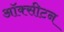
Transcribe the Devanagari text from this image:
ऑक्सीटन